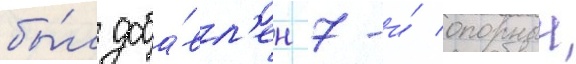
бы́л доба́вл'ен 7-и́ опорныи